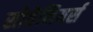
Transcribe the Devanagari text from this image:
सोवेनियर्स